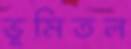
ভূমিতল